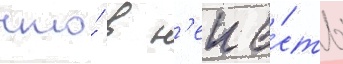
что́ в н'еи е́сть